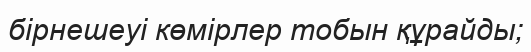
бірнешеуі көмірлер тобын құрайды;